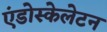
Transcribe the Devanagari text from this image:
एंडोस्केलेटन